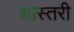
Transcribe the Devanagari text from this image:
शास्तरी